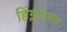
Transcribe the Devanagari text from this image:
हिंग्लजगड